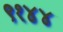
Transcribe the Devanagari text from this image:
९१४४